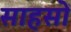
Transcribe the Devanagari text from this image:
साहसों